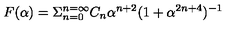
F ( \alpha ) = \Sigma _ { n = 0 } ^ { n = \infty } C _ { n } \alpha ^ { n + 2 } ( 1 + \alpha ^ { 2 n + 4 } ) ^ { - 1 }